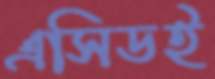
এসিডই